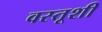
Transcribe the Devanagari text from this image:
वस्तूशी